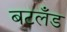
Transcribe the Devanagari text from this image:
बटलँड